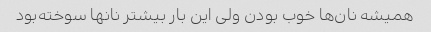
همیشه نان‌ها خوب بودن ولی این بار بیشتر نانها سوخته‌بود